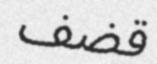
قضف